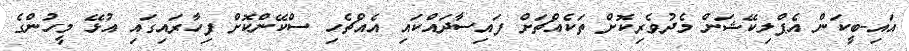
އައި-ބީކަން އެޕްލިކޭޝަން މެދުވެރިކޮށް ތަކެއްޗަށް ފައިސާދައްކައި އެއްޗެހި ސްކޭންކޮށް ފިހާރައިގައި އުޅޭ މީހުންގެ